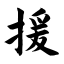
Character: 援